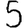
Digit: 5